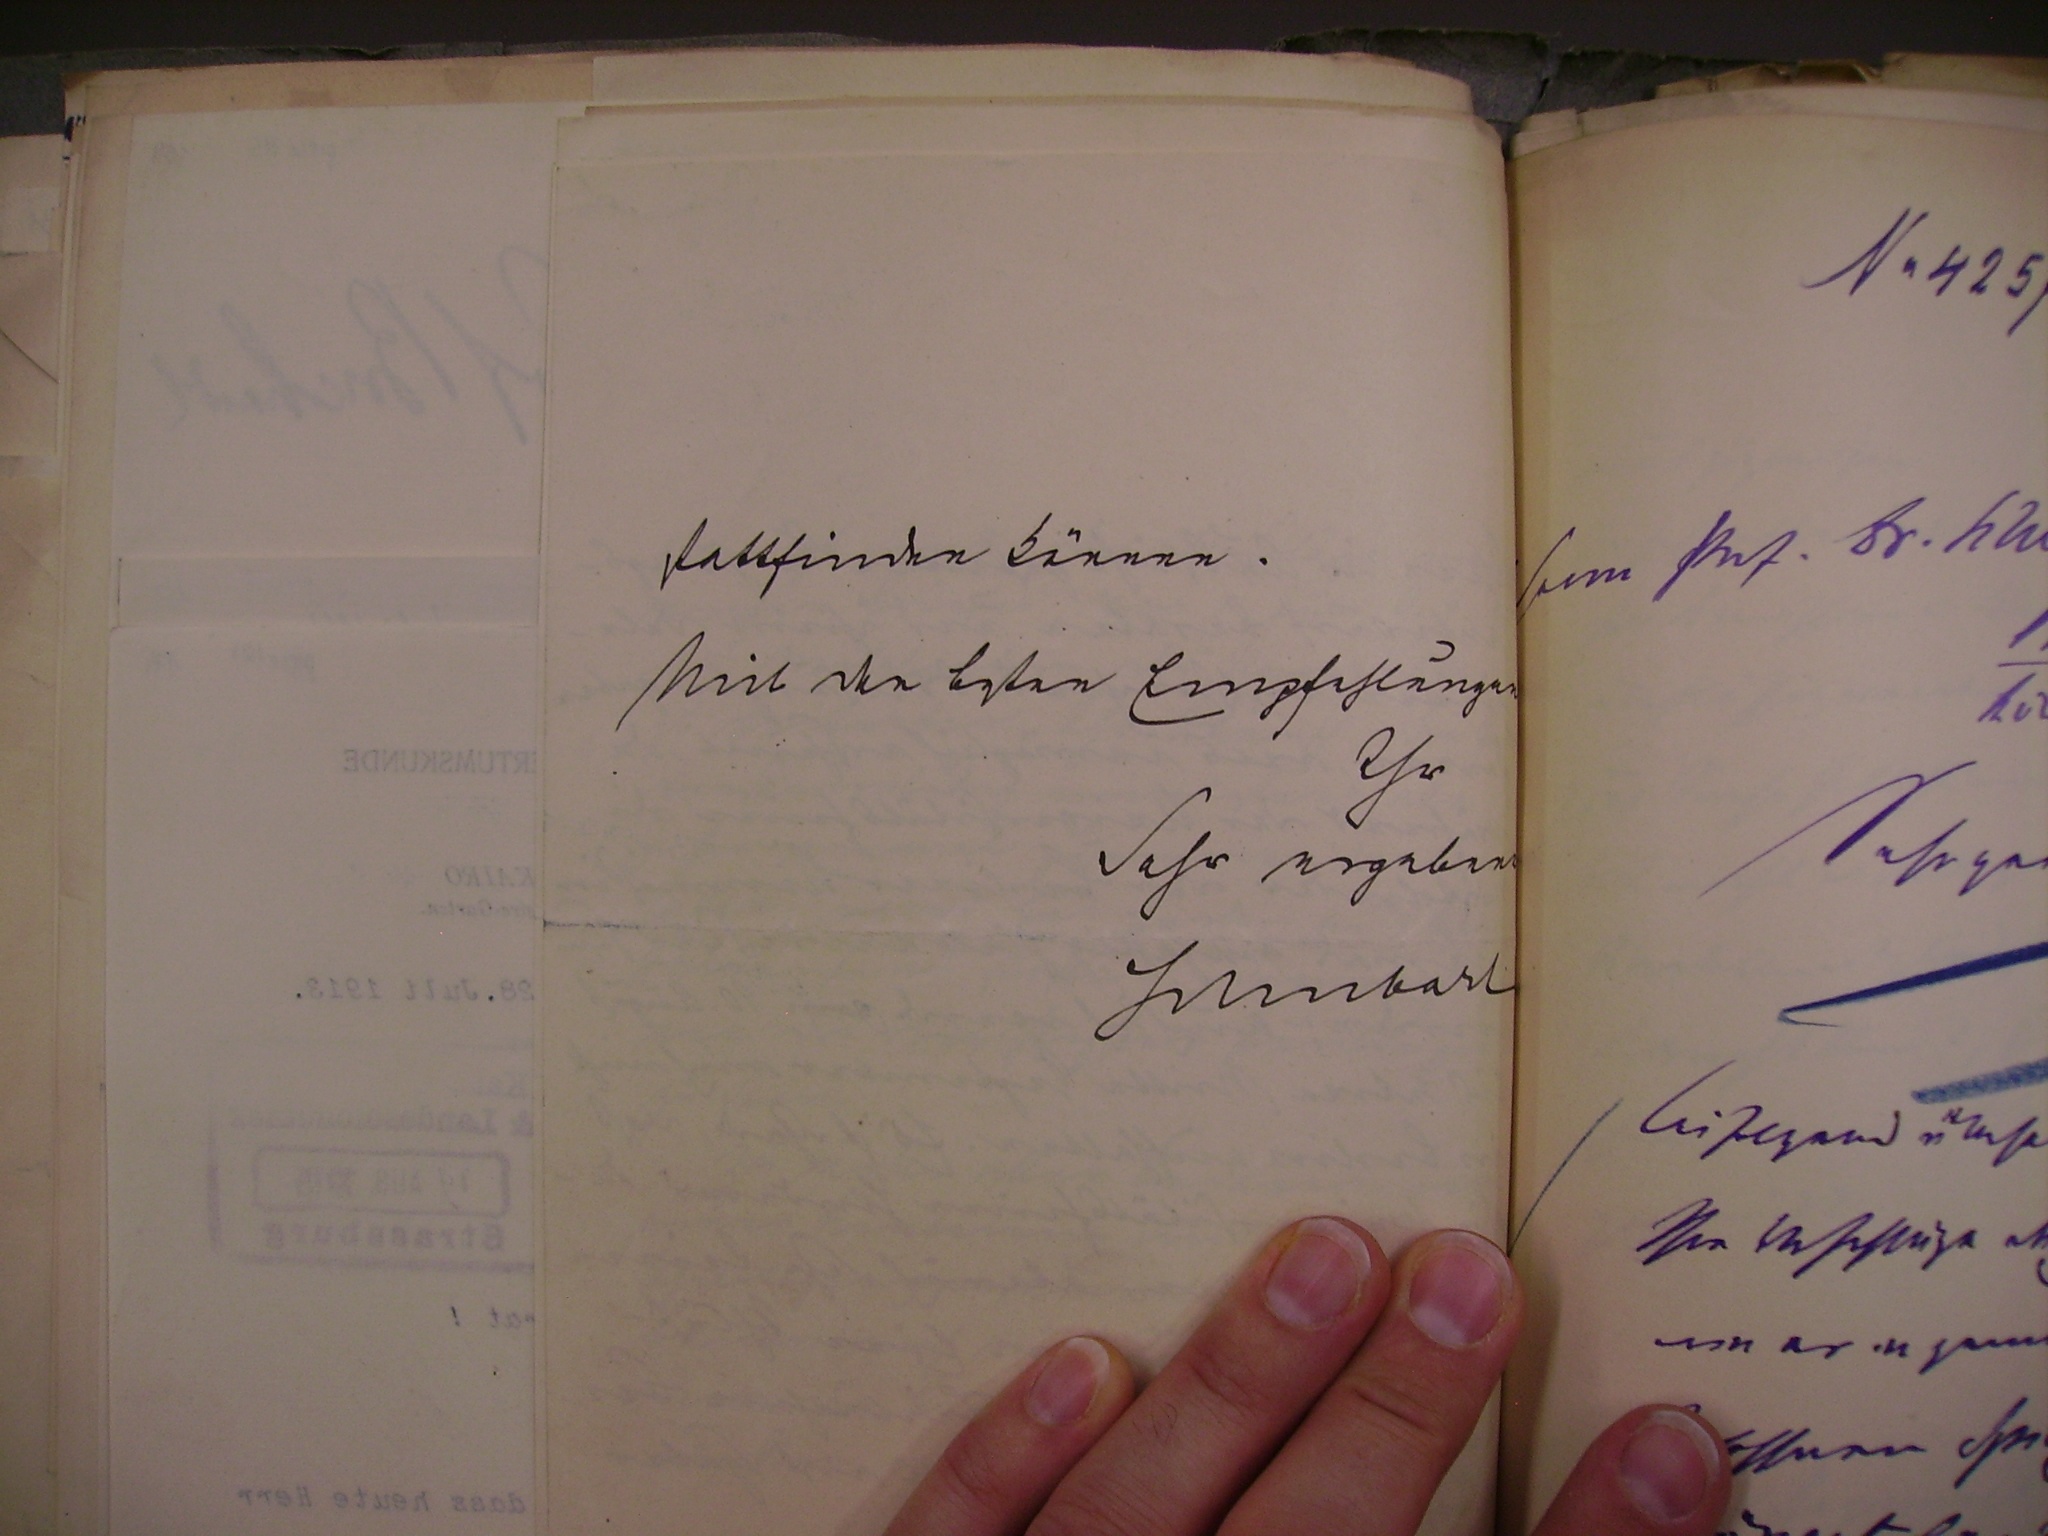
stattfinden können.
Mit besten Empfehlungen
Ihr
Sehr ergebener
Schubart